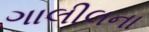
ગાલીલના